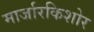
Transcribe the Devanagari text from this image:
मार्जारकिशोर